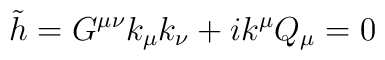
\tilde{h} = G^{\mu \nu} k_{\mu} k_{\nu} + i k^{\mu} Q_{\mu} = 0